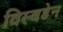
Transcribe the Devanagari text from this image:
विस्बडेन